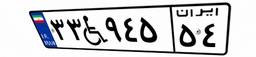
۱۳W۵۷۴۱۷